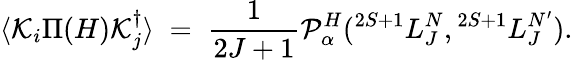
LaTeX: \langle{\cal K}_{i}\Pi(H){\cal K}_{j}^{\dagger}\rangle\; =\; {\frac{1}{2J+1}}{\cal P}_{\alpha}^{H}({}^{2S+1}L_{J}^{N},{}^{2S+1}L_{J}^{N^{\prime}}).